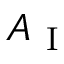
A _ { \mathrm { ~ I ~ } }